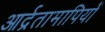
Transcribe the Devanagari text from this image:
आर्द्रतामापियों